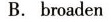
B.broaden